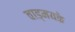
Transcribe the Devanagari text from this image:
वाड्मयके